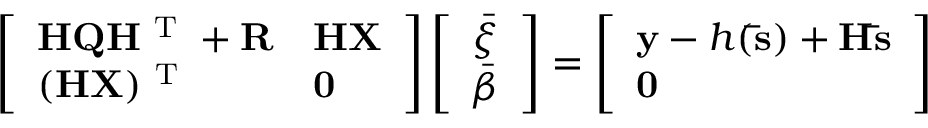
\left[ \begin{array} { l l } { \mathbf { H Q H ^ { \mathrm { ~ T ~ } } + R } } & { \mathbf { H X } } \\ { ( \mathbf { H X } ) ^ { \mathrm { ~ T ~ } } } & { \mathbf { 0 } } \end{array} \right] \left[ \begin{array} { l } { \boldsymbol { \bar { \xi } } } \\ { \boldsymbol { \bar { \beta } } } \end{array} \right] = \left[ \begin{array} { l } { \mathbf { y } - h ( \mathbf { \bar { s } } ) + \mathbf { H \bar { s } } } \\ { \mathbf { 0 } } \end{array} \right]